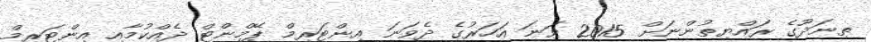
ތިނަދޫގެ ރައްޔިތުންނަށް 2015 ވަނަ އަހަރުގެ ދެވަނަ އިންޓަރިމް ޕޭމްންޓް ދެއްކުމާއި އިންޓަރިމް